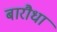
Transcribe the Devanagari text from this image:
बारौधा